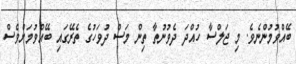
ބޭއްވުމުންނެވެ. މި ޖަލްސާ ހުއްދަ ދެވުނުތާ ތިން މަސް ދުވަހުގެ ތެރޭގައި ބޭއްވުމަށްވެސް